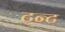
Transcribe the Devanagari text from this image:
टन्ट